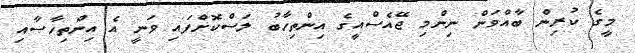
މީގެ ކުރިން ބާއްވަން ނިންމި ޖޭއެސްއީގެ އިންތިހާބު ލަސްކޮށްފައި ވަނީ އެ އިންތިހާޞާއި